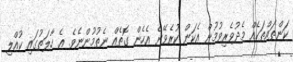
ކަންތައްތަކެއް މެދުވެރިވުމުން އެކަން ކުރެވޭނެ އެހެން ގޮތެއް ނެތުމުންނެވެ. އެ ހާލަތުގައި ކުއްލި